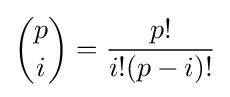
{p \choose i}={\frac {p!}{i!(p-i)!}}